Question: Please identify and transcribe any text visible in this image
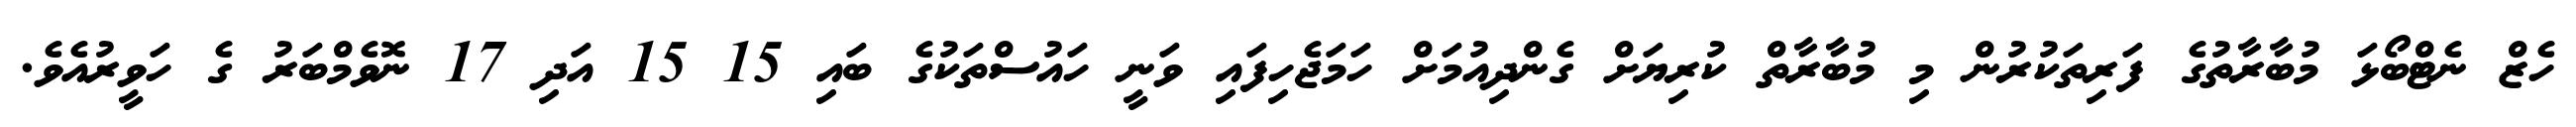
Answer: ހެޒް ނެޓްބޯޅަ މުބާރާތުގެ ފަރިތަކުރުން މި މުބާރާތް ކުރިޔަށް ގެންދިއުމަށް ހަމަޖެހިފައި ވަނީ ހައުސްތަކުގެ ބައި 15 15 އަދި 17 ނޮވެމްބަރު ގެ ހަވީރުއެވެ.